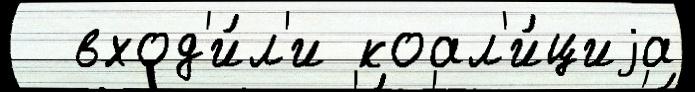
  вход'и́л'и коал'и́циjа